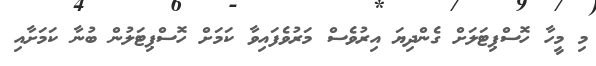
މި މީހާ ހޮސްޕިޓަލަށް ގެންދިޔަ އިރުވެސް މަރުވެފައިވާ ކަމަށް ހޮސްޕިޓަލުން ބުނާ ކަމަށާއި